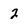
Character: 2